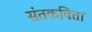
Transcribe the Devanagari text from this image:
संतकविता